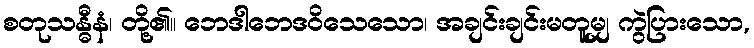
စတုသန္ဓီနံ၊ တို့၏။ ဘေဒါဘေဒဝိသေသော၊ အချင်းချင်းမတူမျှ ကွဲပြားသော,